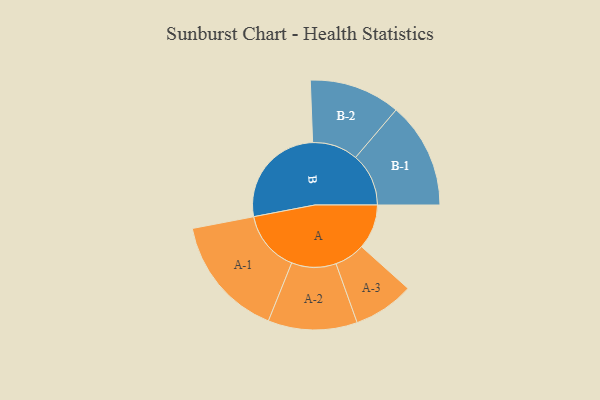
{"axis": {"x": "Segment", "y": "Value"}, "legend": ["", "A", "B"], "data": [{"x": "A", "y": 174, "type": ""}, {"x": "B", "y": 410, "type": ""}, {"x": "A-1", "y": 238, "type": "A"}, {"x": "A-2", "y": 173, "type": "A"}, {"x": "A-3", "y": 118, "type": "A"}, {"x": "B-1", "y": 206, "type": "B"}, {"x": "B-2", "y": 177, "type": "B"}]}